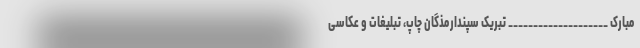
مبارک ____________________ تبریک سپندارمذگان چاپ، تبلیغات و عکاسی